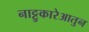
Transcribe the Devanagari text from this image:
नाट्टुकारेआतुन